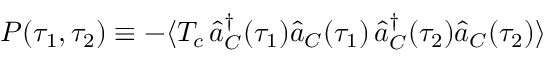
P ( \tau _ { 1 } , \tau _ { 2 } ) \equiv - \langle T _ { c } \, \hat { a } _ { C } ^ { \dagger } ( \tau _ { 1 } ) \hat { a } _ { C } ( \tau _ { 1 } ) \, \hat { a } _ { C } ^ { \dagger } ( \tau _ { 2 } ) \hat { a } _ { C } ( \tau _ { 2 } ) \rangle